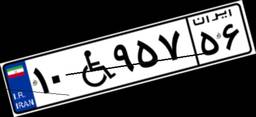
۱۰W۹۵۷۵۶